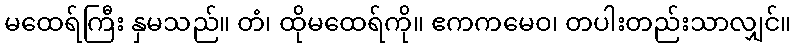
မထေရ်ကြီး နှမသည်။ တံ၊ ထိုမထေရ်ကို။ ဧကကမေဝ၊ တပါးတည်းသာလျှင်။